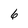
Character: 6